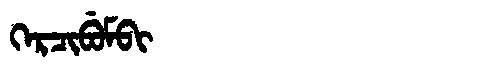
Manchu: ᡴᡝᡵᠴᡳᠪᡠᠮᠪᡳ
Romanization: KERCIBUMBI